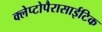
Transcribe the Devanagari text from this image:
क्लेप्टोपैरासाईटिक